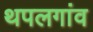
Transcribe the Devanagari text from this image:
थपलगांव